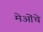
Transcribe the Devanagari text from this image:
मेओंचे